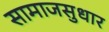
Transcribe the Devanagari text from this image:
सामाजसुधार